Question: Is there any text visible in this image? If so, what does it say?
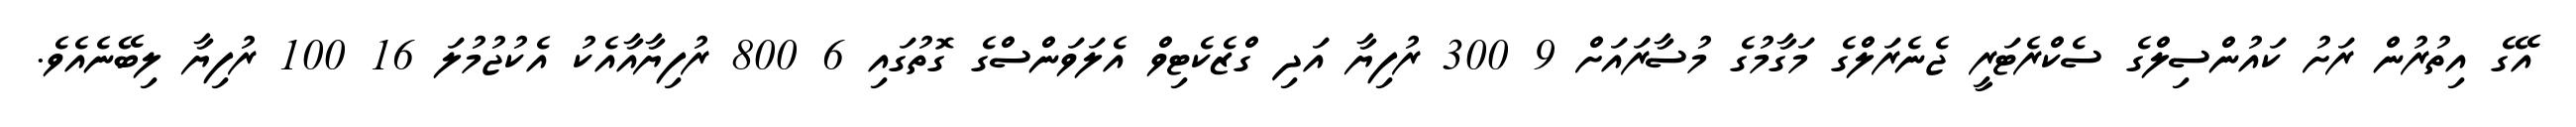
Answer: އޭގެ އިތުރުން ރަށު ކައުންސިލްގެ ސެކްރެޓަރީ ޖެނެރަލްގެ މަގާމުގެ މުސާރައަށް 9 300 ރުފިޔާ އަދި ގްޒެކެޓިވް އެލަވަންސްގެ ގޮތުގައި 6 800 ރުފިޔާއާއެކު އެކުޖުމުލަ 16 100 ރުފިޔާ ލިބޭނެއެވެ.